Report of the Indian Hemp Drugs Commission, 1894-1895 - Volume VI
Year: 1894
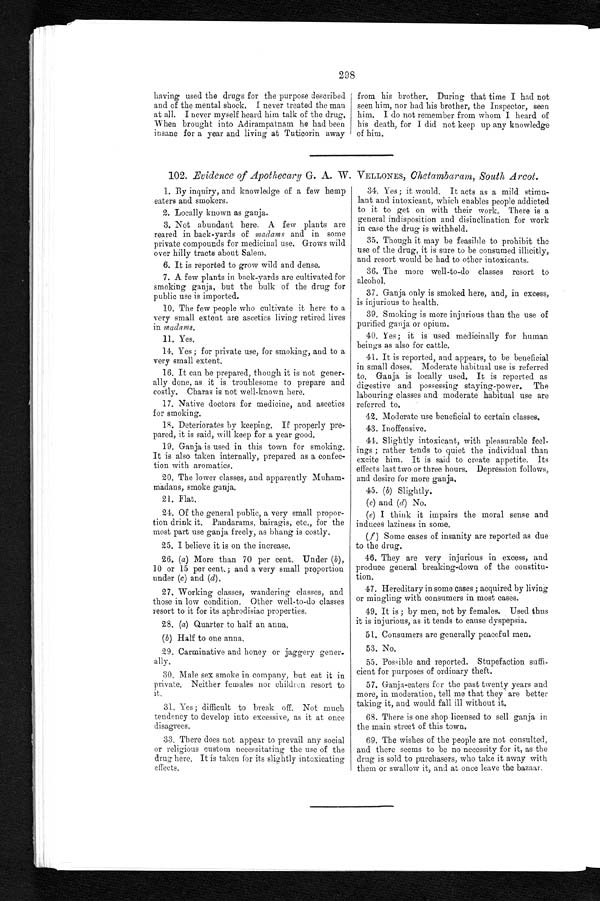
298
having used the drugs for the purpose described
and of the mental shock. I never treated the man
at all. I never myself heard him talk of the drug.
When brought into Adirampatnam he had been
insane for a year and living at Tuticorin away
from his brother. During that time I had not
seen him, nor had his brother, the Inspector, seen
him. I do not remember from whom I heard of
his death, for I did not keep up any knowledge
of him.
102. Evidence of Apothecary G. A. W. VELLONES, Chetambaram, South Arcot.
1. By inquiry, and knowledge of a few hemp
eaters and smokers.
2. Locally known as ganja.
3. Not abundant here. A few plants are
reared in back-yards of madams and in some
private compounds for medicinal use. Grows wild
over hilly tracts about Salem.
6. It is reported to grow wild and dense.
7. A few plants in back-yards are cultivated for
smoking ganja, but the bulk of the drug for
public use is imported.
10. The few people who cultivate it here to a
very small extent are ascetics living retired lives
in madams.
11. Yes.
14. Yes; for private use, for smoking, and to a
very small extent.
16. It can be prepared, though it is not gener
- a l l y d o n e , a s i t i s t r o u b l e s o m e t o p r e p a r e a n d
costly. Charas is not well-known here.
17. Native doctors for medicine, and ascetics
for smoking.
18. Deteriorates by keeping. If properly pre
-pared, it is said, will keep for a year good.
19. Ganja is used in this town for smoking.
It is also taken internally, prepared as a confec
- t i o n w i t h a r o m a t i c s .
20. The lower classes, and apparently Muham
-madans, smoke ganja.
21. Flat.
24. Of the general public, a very small propor
- t i o n d r i n k i t . P a n d a r a m s , b a i r a g i s , e t c . , f o r t h e
most part use ganja freely, as bhang is costly.
25. I believe it is on the increase.
26. ( a ) More than 70 per cent. Under ( b ),
10 or 15 per cent.; and a very small proportion
under (c ) and (d).
27. Working classes, wandering classes, and
those in low condition. Other well-to-do classes
resort to it for its aphrodisiac properties.
28, (a) Quarter to half an anna.
(b) Half to one anna.
29. Carminative and honey or jaggery gener
-ally.
30. Male sex smoke in company, but eat it in
p r i v a t e . Ne i t h e r f e ma l e s n o r c h i l d r e n r e s o r t t o
it.
31. Yes; difficult to break off. Not much
tendency to develop into excessive, as it at once
disagrees.
33. There does not appear to prevail any social
or religious custom necessitating the use of the
drug here. It is taken for its slightly intoxicating
effects.
34. Yes; it would. It acts as a mild stimu
- l a n t a n d i n t o x i c a n t , w h i c h e n a b l e s p e o p l e a d d i c t e d
to it to get on with their work. There is a
general indisposition and disinclination for work
in case the drug is withheld.
35. Though it may be feasible to prohibit the
use of the drug, it is sure to be consumed illicitly,
and resort would be had to other intoxicants.
36. The more well-to-do classes resort to
alcohol.
37. Ganja only is smoked here, and, in excess,
is injurious to health.
39. Smoking is more injurious than the use of
purified ganja or opium.
40. Yes; it is used medicinally for human
beings as also for cattle.
41. It is reported, and appears, to be beneficial
in small doses. Moderate habitual use is referred
to. Ganja is locally used. It is reported as
digestive and possessing staying-power. The
labouring classes and moderate habitual use are
referred to.
42. Moderate use beneficial to certain classes.
43. Inoffensive.
44. Slightly intoxicant, with pleasurable feel
- i n g s ; r a t h e r t e n d s t o q u i e t t h e i n d i v i d u a l t h a n
excite him. It is said to create appetite. Its
effects last two or three hours. Depression follows,
and desire for more ganja.
45. ( b) Slightly.
( c) and (d) No.
( e) I think it impairs the moral sense and
induces laziness in some.
( f ) Some cases of insanity are reported as due
to the drug.
46. They are very injurious in excess, and
produce general breaking-down of the constitu
- t i o n .
47. Hereditary in some cases; acquired by living
or mingling with consumers in most cases.
49. It is; by men, not by females. Used thus
it is injurious, as it tends to cause dyspepsia.
51. Consumers are generally peaceful men.
53. No.
55. Possible and reported. Stupefaction suffi
- c i e n t f o r p u r p o s e s o f o r d i n a r y t h e f t .
57. Ganja-eaters for the past twenty years and
more, in moderation, tell me that they are better
taking it, and would fall ill without it.
68. There is one shop licensed to sell ganja in
the main street of this town.
69. The wishes of the people are not consulted,
and there seems to be no necessity for it, as the
drug is sold to purchasers, who take it away with
them or swallow it, and at once leave the bazaar.